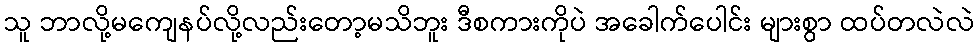
သူ ဘာလို့မကျေနပ်လို့လည်းတော့မသိဘူး ဒီစကားကိုပဲ အခေါက်ပေါင်း များစွာ ထပ်တလဲလဲ